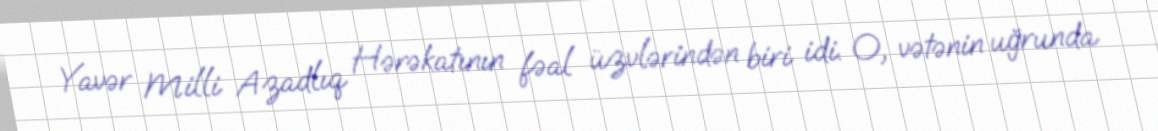
Yavər Milli Azadlıq Hərəkatının fəal üzvlərindən biri idi. O, vətənin uğrunda